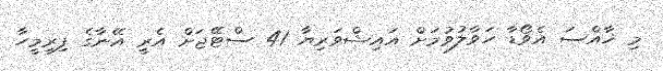
މި ޚާއްސަ އެވޯޑާ ހަވާލުވުމަށް އައިޝްވަރިޔާ 41 ސްޓޭޖަށް އެރީ އޭނާގެ ފިރިމީހާ